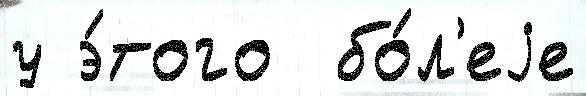
у э́того  бо́л'еjе